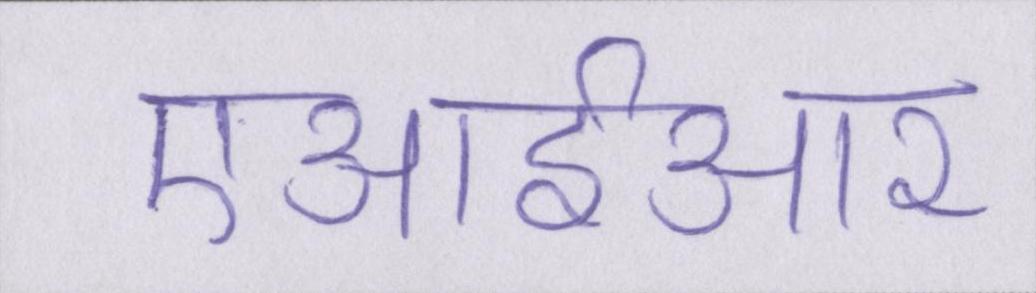
एआईआर